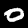
Digit: 0